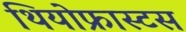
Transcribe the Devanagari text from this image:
थियोफ्रास्टस